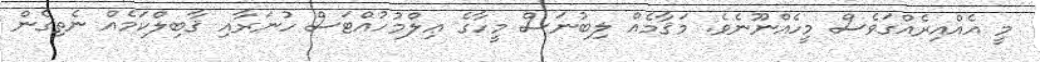
މީ އެއްއިރެއްގަވެސް މީހެއްނޫނެވެ. މަޤާމެއް ލިބުނަސް މީހާގެ ޢިލްމުހުއްޓަސް ހުނަރާއި ޤާބިލްކަމެއް ނެތިގެން